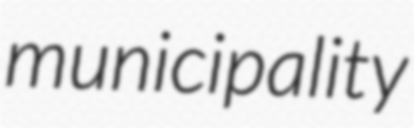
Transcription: municipality